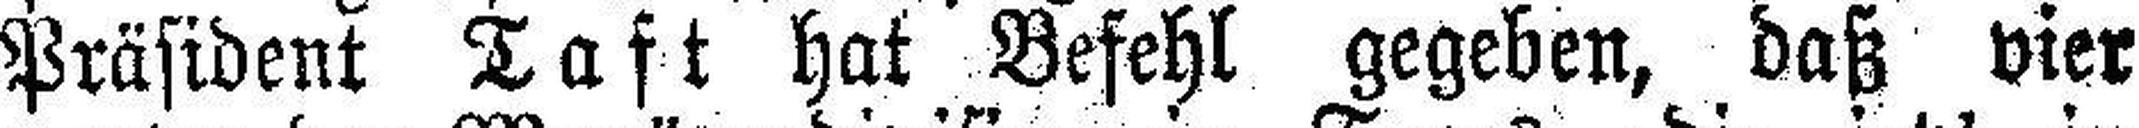
Präsident Taft hat Befehl gegeben, daß vier